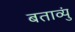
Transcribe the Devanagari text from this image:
बताव्युं